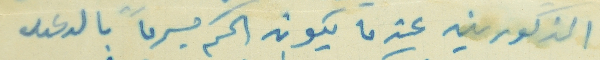
المذكورين عندما يكون الحكم مبرماً بالدعوى